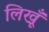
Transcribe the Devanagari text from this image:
लिखूँ